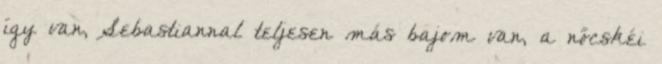
így van, Sebastiannal teljesen más bajom van, a nőcskéi